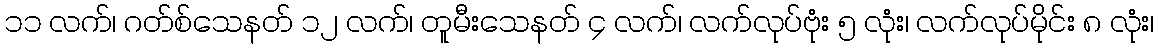
၁၁ လက်၊ ဂတ်စ်သေနတ် ၁၂ လက်၊ တူမီးသေနတ် ၄ လက်၊ လက်လုပ်ဗုံး ၅ လုံး၊ လက်လုပ်မိုင်း ၈ လုံး၊